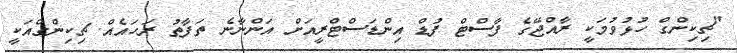
"ޗިކިންގް ހުޅުވުމަކީ ރާއްޖޭގެ ފާސްޓް ފުޑް އިންޑަސްޓްރީއަށް އަންނާނެ ތަފާތު ރަހައެއް. ޗިކިންގްއަކީ